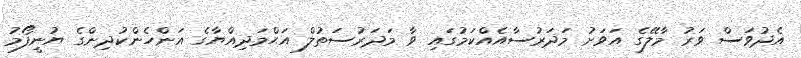
އެދުވަސް ވަރު މާލޭގެ އަވަށު މަދަރުސާއެއްކަމުގައި ވާ މަދަރުސަތުލް އަޙްމަދިއްޔާގެ އަންހެންކުދިންގެ ޔުނީފޯމު